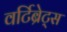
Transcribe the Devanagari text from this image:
वर्टिब्रेट्स